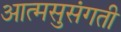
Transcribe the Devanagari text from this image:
आत्मसुसंगती